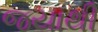
જયાથી